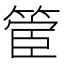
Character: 𮅬